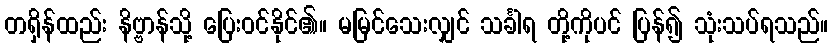
တရှိန်ထည်း နိဗ္ဗာန်သို့ ပြေးဝင်နိုင်၏။ မမြင်သေးလျှင် သင်္ခါရ တို့ကိုပင် ပြန်၍ သုံးသပ်ရသည်။